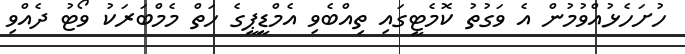
ހުށަހެޅުއްވުމުން އެ ވަގުތު ކޮމެޓީގައި ތިއްބެވި އެމްޑީޕީގެ ހަތް މެމްބަރަކު ވޯޓު ދެއްވި